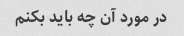
در مورد آن چه باید بکنم